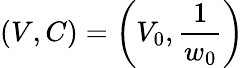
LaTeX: \left(V,C\right)=\left(V_{0},\frac{1}{w_{0}}\right)